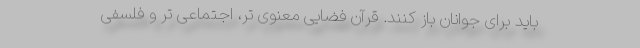
باید برای جوانان باز کنند. قرآن فضایی معنوی تر، اجتماعی تر و فلسفی